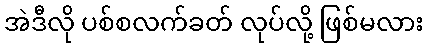
အဲဒီလို ပစ်စလက်ခတ် လုပ်လို့ ဖြစ်မလား